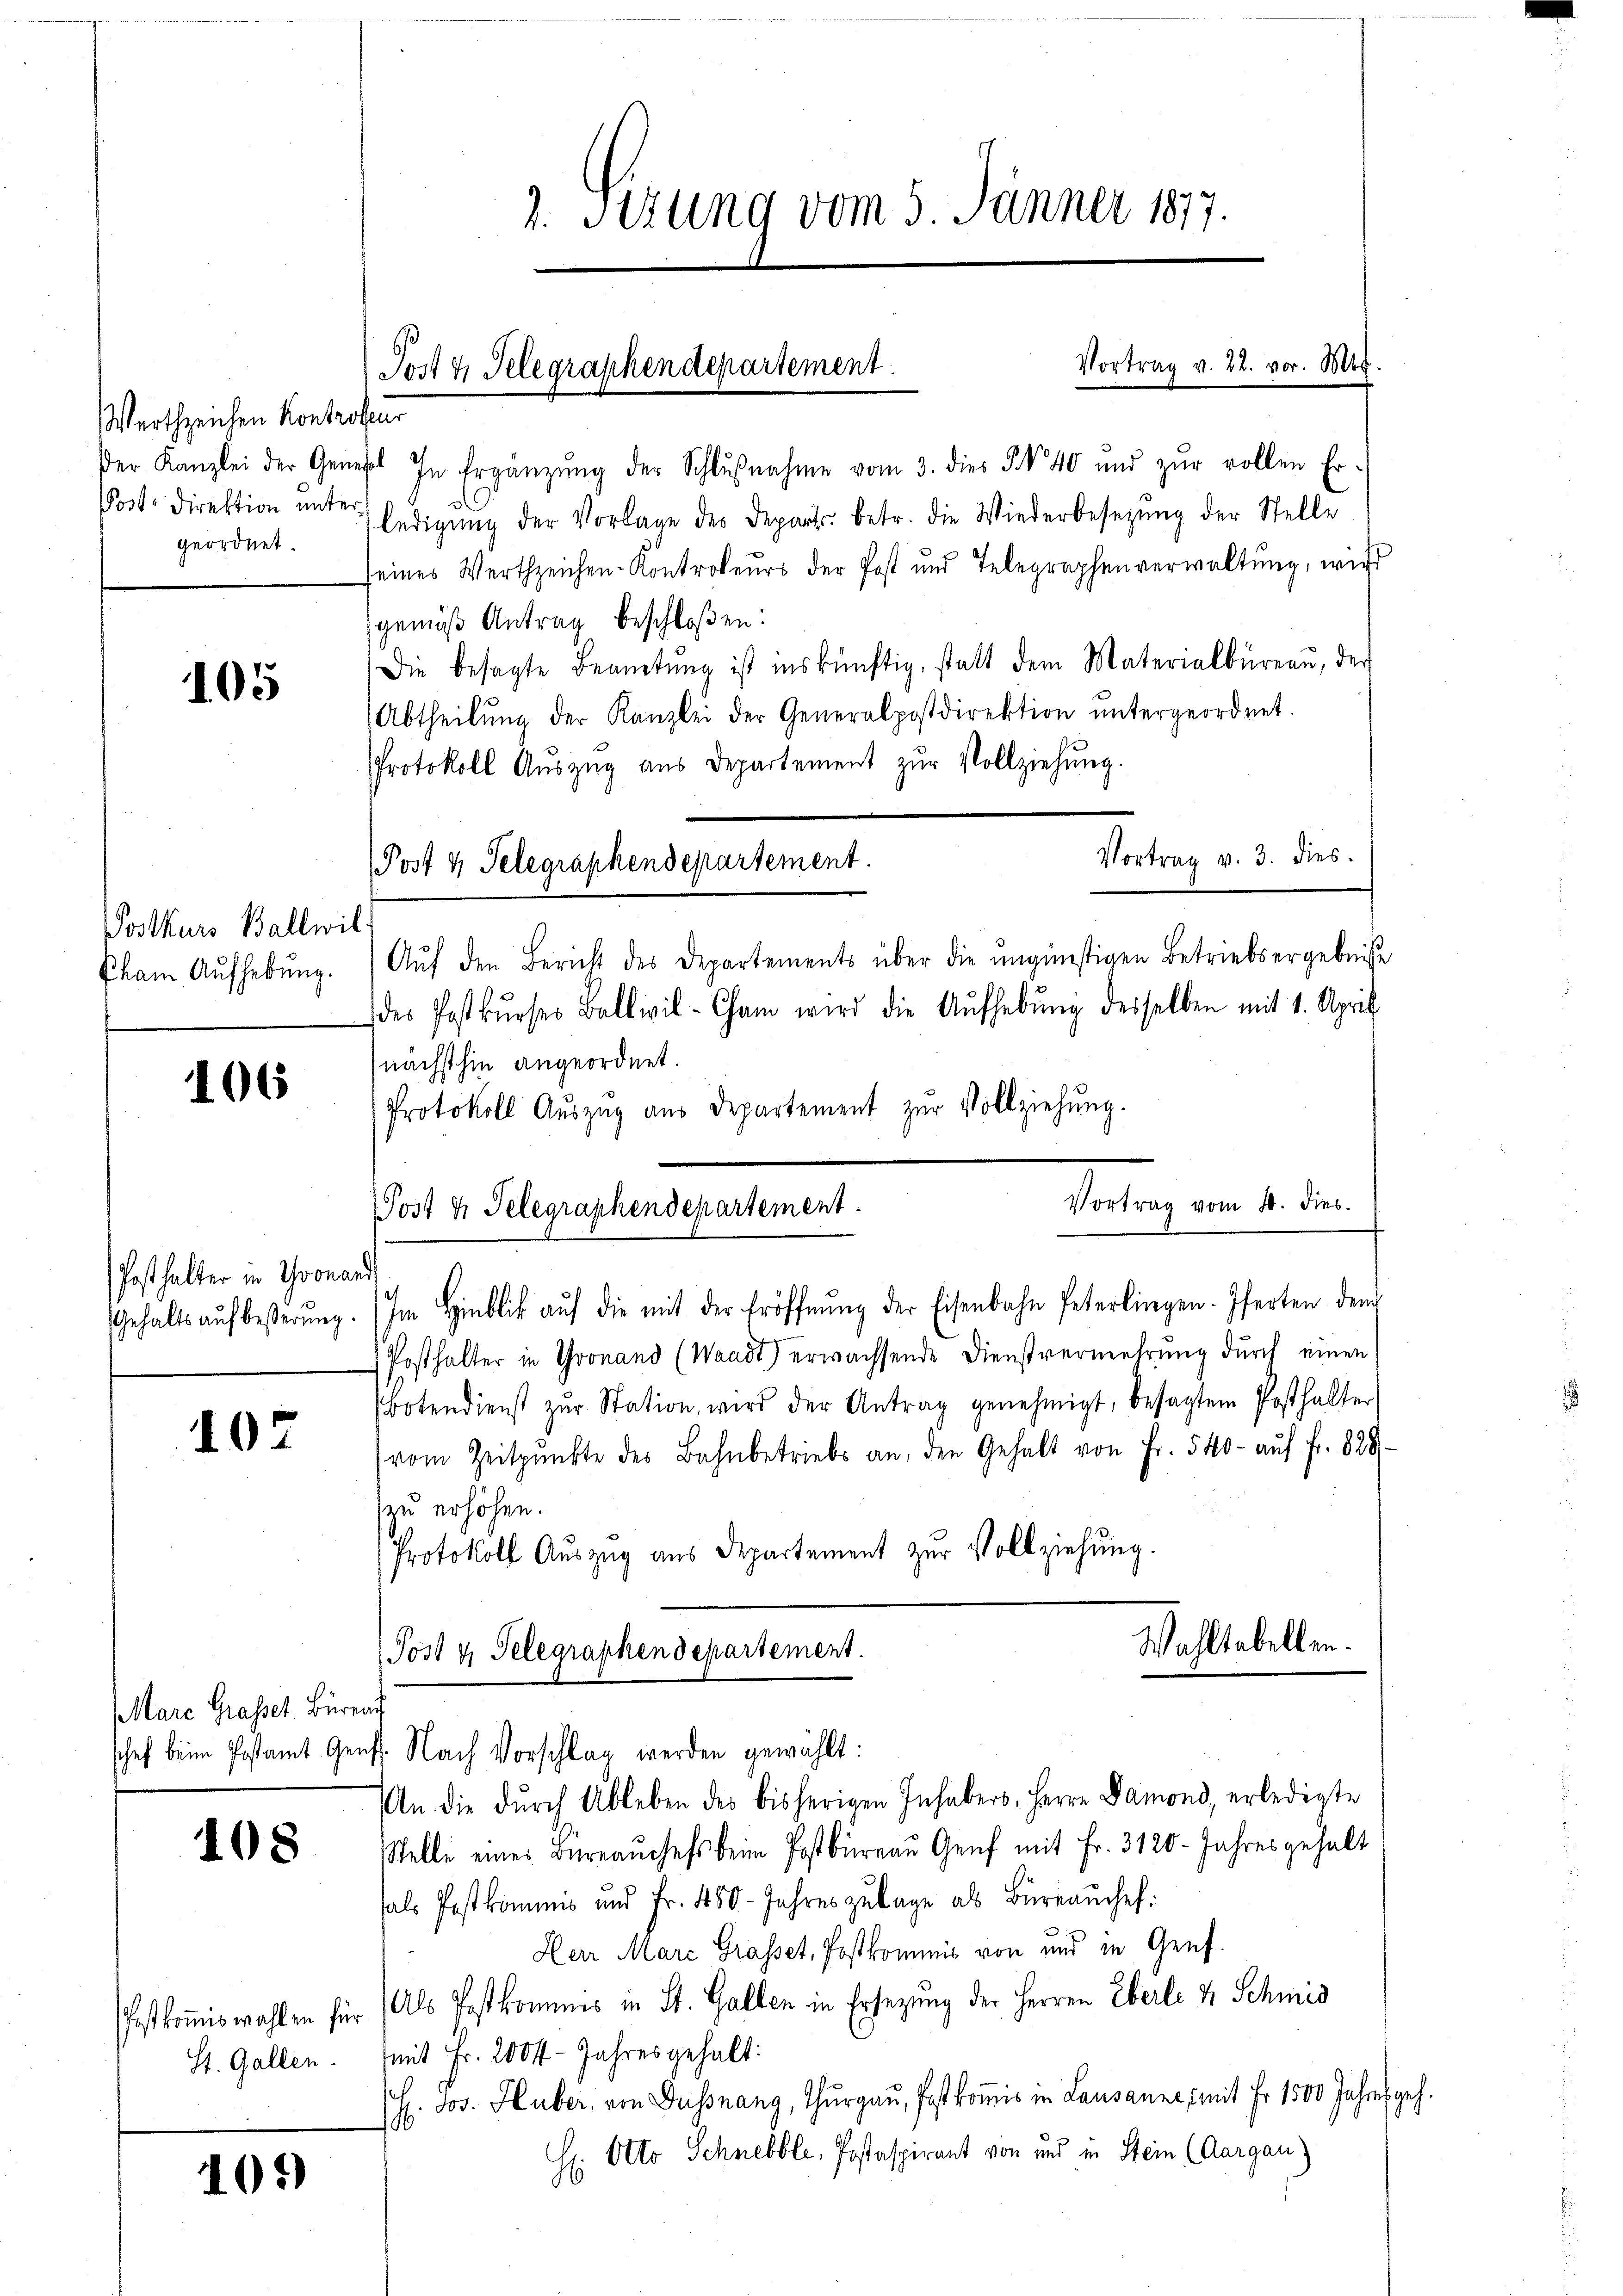
Werthzeichen Kontrol
Der Kanzlei der Geneh
geordnet.

105

Postkurs Ballwil
Cham Aufhebung.

106

Posthalter in Yvonar
Gehalts auf besterung

107

Mare Grasset. Büren
schef beim Postamt Genf

108

Pfostkommiswahlen für
St. Gallen.

409)

2. Sizung vom 5. Jänner 1877.

Post 4 Telegraphendepartement.

im
 In Ergänzŭng der Schlŭβnahme vom 3. dies § 40 und zŭr vollen Er-
d
Post Direktion ŭnter ledigŭng der Vorlage des Departs. betr. die Wiederbesetzŭng der Stelle
eines Wertzeichen-Kontrokeŭrs der Post und Telegraphenverwaltŭng, wied
gemäß Antrag beschloßen:
Die besagte Beamtŭng ist inskünftig, statt dem Materialbüreau, der
Abtheilŭng der Kanzlei der Generalpostdirektion ŭntergeordnet.
Protokoll Aŭszŭg aŭs Departement zŭr Vollziehŭng.
Post 4 Telegraphendepartement.
Aŭf den Bericht des Departements über die ungünstigen Betriebsergebnisse
des Postkŭrses Ballivil-Cham wird die Aŭfhebŭng desselben mit 1. April
nächsthin angeordnet.
Protokoll Aŭszŭg aŭs Departement zŭr Vollziehung.
Im Hinblik aŭf die mit der Eröffnŭng der Eisenbahn Peterlingen. Iferten dem
Posthalter in Gronand (Waadt) erwachsende Dienstvermehrung durch einen
Botendienst zŭr Station, wird der Antrag genehmigt, besagtem Posthalter
vom Zeitpunkte des Bahnbetriebs an, den Gehalt von Fr. 540 - auf fr. 828.
zu erhöhen.
Protokoll Auszug aus Departement zur Vollziehung.
Wahltabellen.
Post u. Telegraphendepartement.
t
4. Nach Vorschlag werden gewählt:
An die dŭrch Ableben des bisherigen Inhabers, Herrn Damond, erledigte
Stelle eines Büreaŭchefs beim Postbüreau Genf mit Fr. 3120. Jahres gehalt
hals Postkommnis und Fr. 450 Jahres zutage als Büreaŭchef:
Herr Marc Grasset, Postkommnis von und in Genf.
Als Postkommes in St. Gallen in Ersezung der Herren Eberle & Schmid
mmit Fr. 200 f - Jahres gehalt:
H. Jos. Huber, von Dussnang, Thurgau, fast komis in Lausanne, mit Fr. 1500 Jahres
 Otto Schnebbler, Postaspirant von und in Stein (Aargau)
h

Vortrag v. 3. dies

|
Vortrag vom 4. dies.
Post 4 Telegraphendepartement.

Vortrag v. 22. vor. 805.

eh.